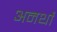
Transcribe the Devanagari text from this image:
अनर्थो